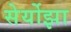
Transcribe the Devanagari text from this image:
सेर्योझा